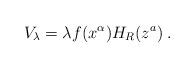
LaTeX: \begin{align*}V_{\lambda }=\lambda f(x^{\alpha })H_{R}(z^{a})\;. \end{align*}